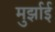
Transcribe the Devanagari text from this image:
मुर्झाई